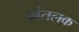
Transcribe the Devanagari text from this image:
मंतलक